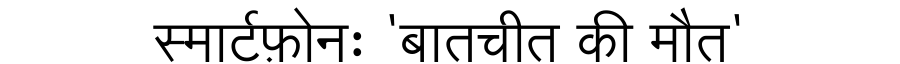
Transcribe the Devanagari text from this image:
स्मार्टफ़ोनः 'बातचीत की मौत'